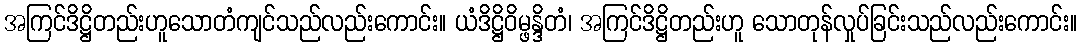
အကြင်ဒိဋ္ဌိတည်းဟူသောတံကျင်သည်လည်းကောင်း။ ယံဒိဋ္ဌိဝိမ္ဖန္ဒိတံ၊ အကြင်ဒိဋ္ဌိတည်းဟူ သောတုန်လှုပ်ခြင်းသည်လည်းကောင်း။